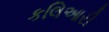
કલિઆરી